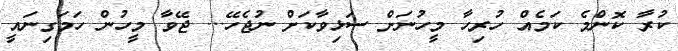
ކުރާ ކޮންމެ ކަމެއް ހުރިހާ މީހުނަށް ސަޅިވާކަށް ނުޖެހޭ... ޖޭވާ މީހުން ހަމަގިނައީ